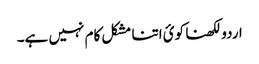
اردو لکھنا کوئ اتنا مشکل کام نہیں ہے۔